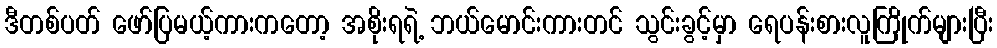
ဒီတစ်ပတ် ဖော်ပြမယ့်ကားကတော့ အစိုးရရဲ့ ဘယ်မောင်းကားတင် သွင်းခွင့်မှာ ရေပန်းစားလူကြိုက်များပြီး